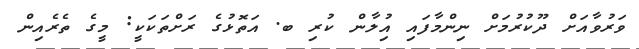
ވަރުވާއަށް ދޫކުރުމަށް ނިންމާފައި އިުލާން ކުރި ބ. އަތޮޅުގެ ރަށްތަކަކީ: މީގެ ތެރެއިން